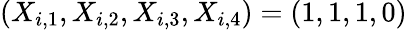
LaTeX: (X_{i,1},X_{i,2},X_{i,3},X_{i,4})=(1,1,1,0)